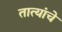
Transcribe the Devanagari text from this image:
तात्यांचे